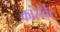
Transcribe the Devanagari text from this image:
कांसेर्वेर